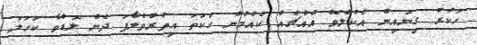
ހަކުރު ގިނައިން އެކުލެވޭ އެއްޗެއް ކެއުމުން ހަކަތަ އިތުރުވެލާފަ ދެން ލޮޑުވާ ކަހަލަ